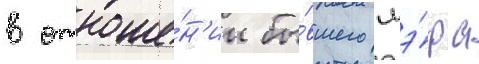
в отноше́н'ии бы́вшего мэ́ра